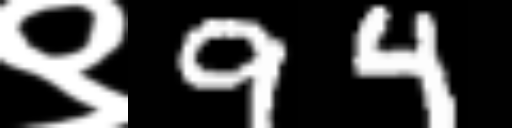
Text: ९94